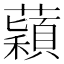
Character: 蘔